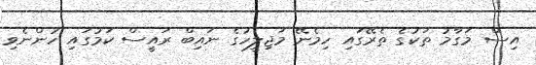
އިސް މަގާމު ތަކުގެ ތެރޭގައި ހިމެނޭ މަޖިލީހުގެ ނައިބް ރައީސް ކަމުގައި ހުންނެވި